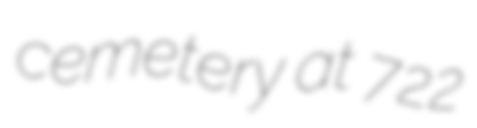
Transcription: cemetery at 722